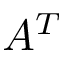
A ^ { T }